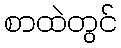
စာထဲတွင်